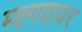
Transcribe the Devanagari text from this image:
म्क्गवायर